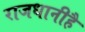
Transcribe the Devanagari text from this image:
राजधानीहै